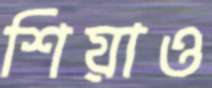
শিয়াও